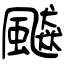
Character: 飇